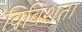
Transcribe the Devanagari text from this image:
विविशता